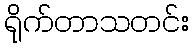
ရိုက်တာသတင်း